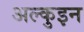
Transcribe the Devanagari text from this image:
अल्कुइन